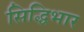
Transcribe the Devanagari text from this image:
सिद्धिभार